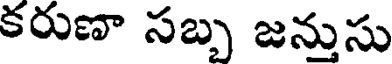
కరుణా సబ్బ జన్తుసు